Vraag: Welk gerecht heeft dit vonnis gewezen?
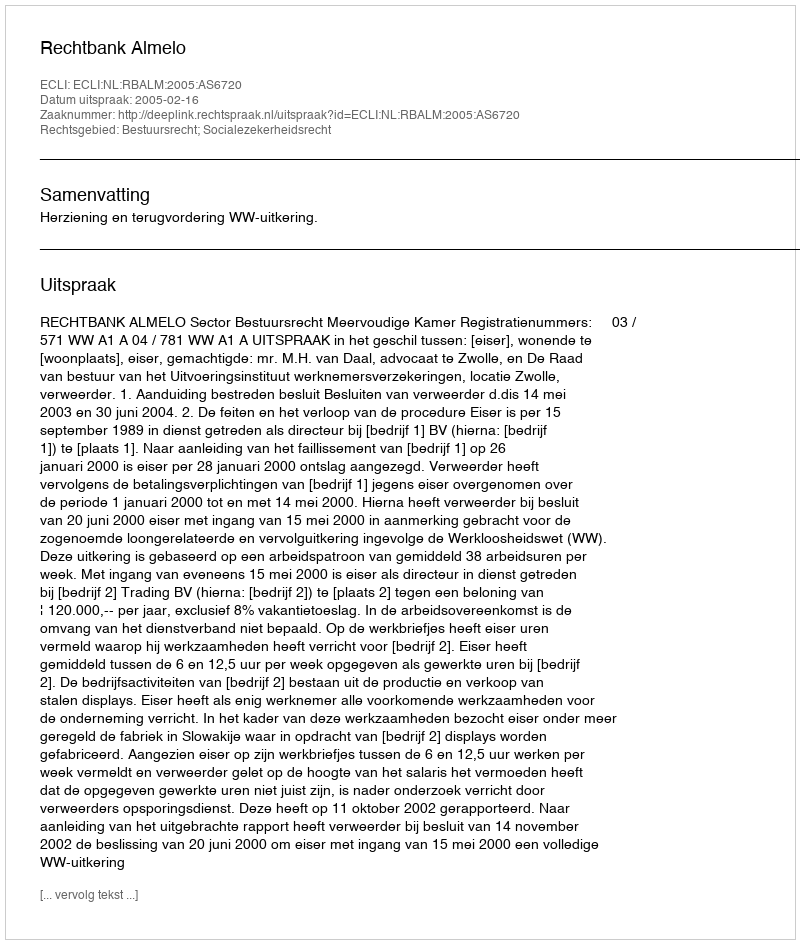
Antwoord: Rechtbank Almelo